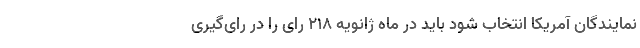
نمایندگان آمریکا انتخاب شود باید در ماه ژانویه ۲۱۸ رای را در رای‌گیری